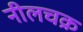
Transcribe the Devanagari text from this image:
नीलचक्र